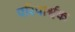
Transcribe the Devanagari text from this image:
परिपार्श्वक